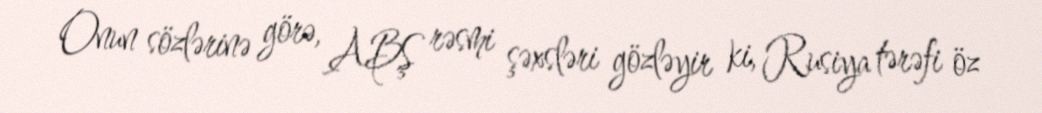
Onun sözlərinə görə, ABŞ rəsmi şəxsləri gözləyir ki, Rusiya tərəfi öz